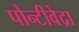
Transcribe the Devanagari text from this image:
पोन्टीवेद्रा